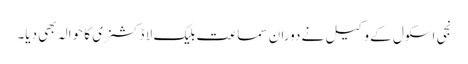
نجی اسکول کے وکیل نے دوران سماعت بلیک لا ڈکشنری کا حوالہ بھی دیا۔